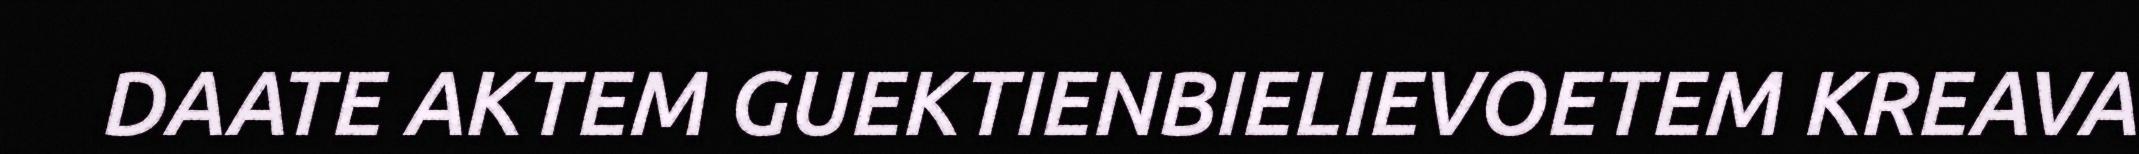
DAATE AKTEM GUEKTIENBIELIEVOETEM KREAVA